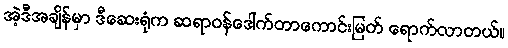
အဲ့ဒီအချိန်မှာ ဒီဆေးရုံက ဆရာဝန်ဒေါက်တာကောင်းမြတ် ရောက်လာတယ်။